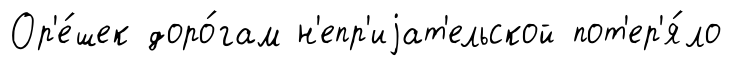
Ор'е́шек доро́гам н'епр'иjат'ельской пот'ер'я́ло